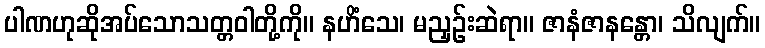
ပါဏဟုဆိုအပ်သောသတ္တဝါတို့ကို။ နဟိံသေ၊ မညှဉ်းဆဲရာ။ ဇာနံဇာနန္တော၊ သိလျက်။